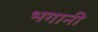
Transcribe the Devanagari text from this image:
भगानी